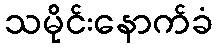
သမိုင်းနောက်ခံ